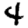
Digit: 4